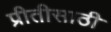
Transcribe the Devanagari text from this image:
प्रीतीसाठी